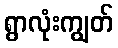
ရွာလုံးကျွတ်